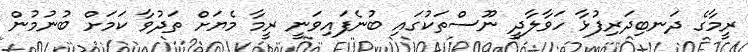
ރީމާގެ ދަނބިދަރިފުޅާ ހަވާލާދީ ނޫސްތަކުގައި ބުނެފައިވަނީ ރީމާ މެޔަށް ތަދުވާ ކަމަށް ބުނުމުން